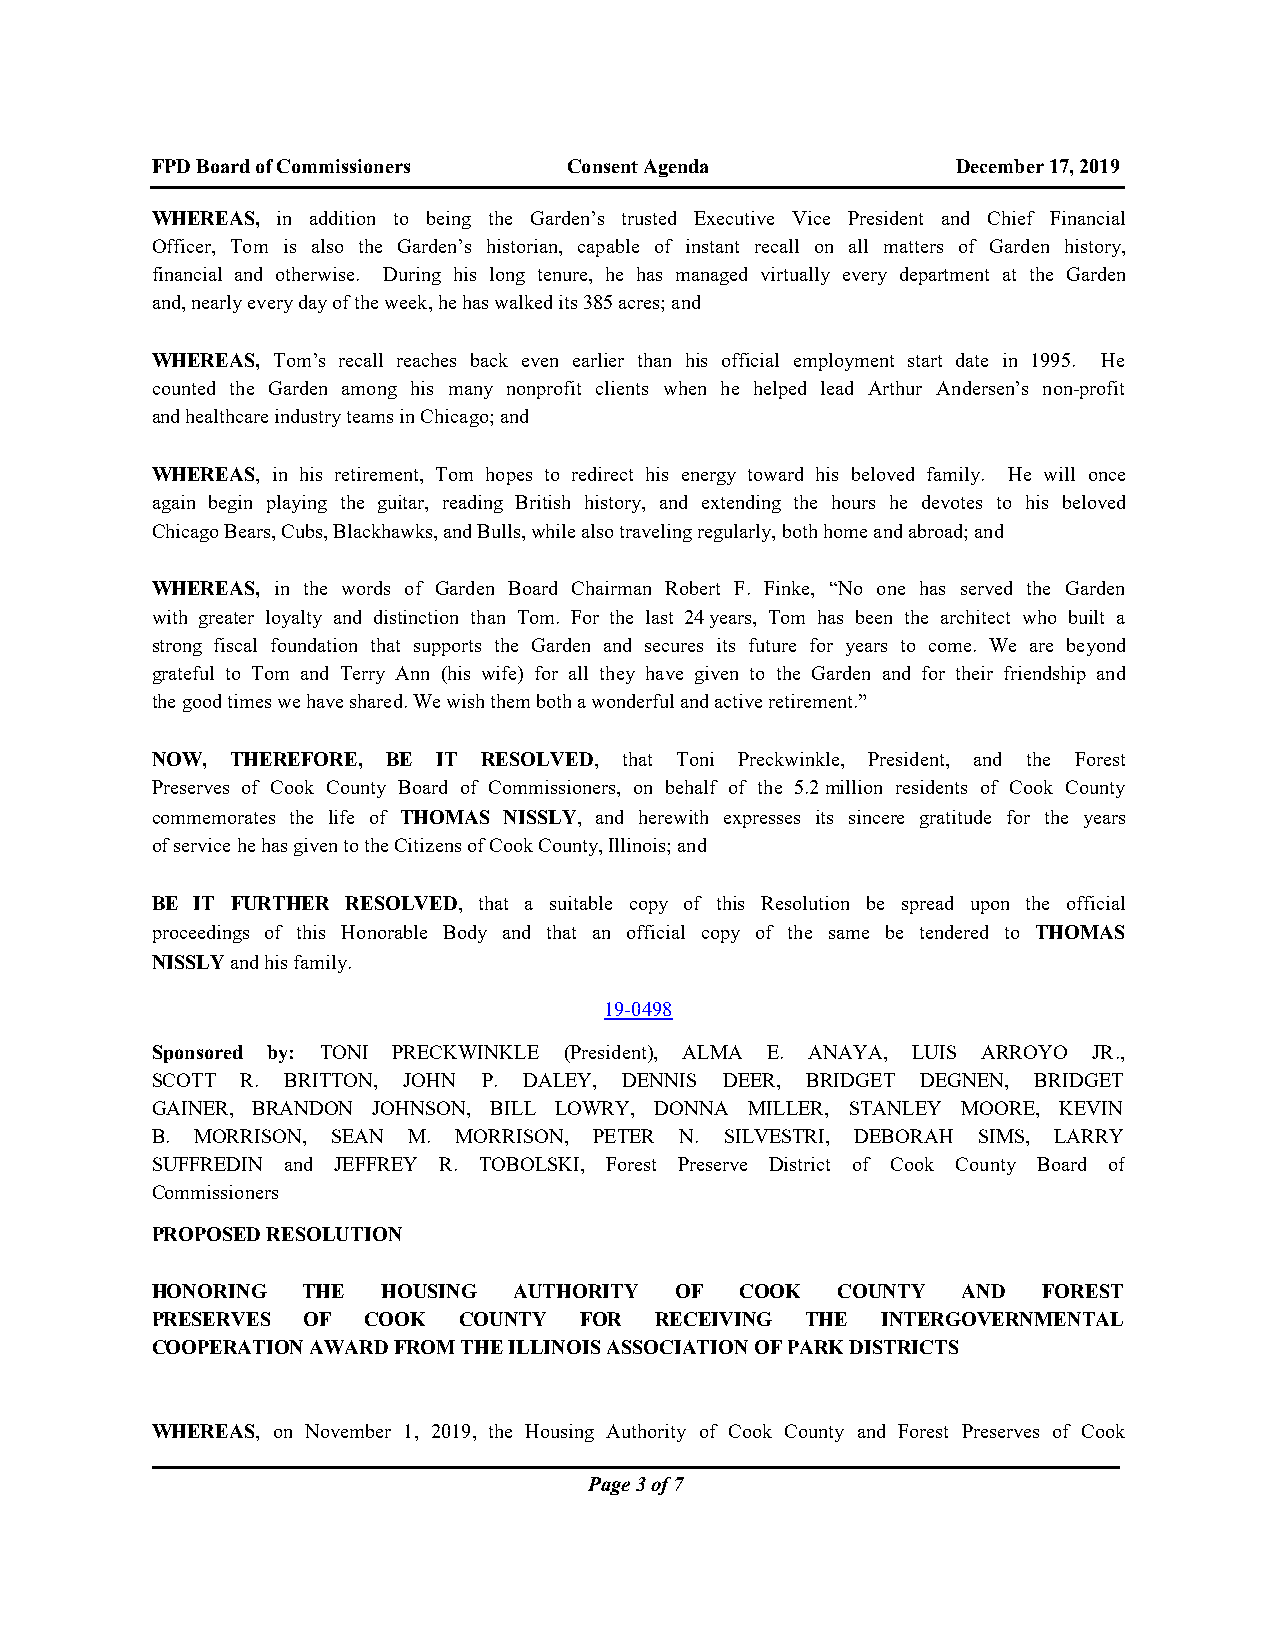
FPD Board of Commissioners  Consent Agenda           December 17, 2019
 WHEREAS, in addition to being the Garden’s trusted Executive Vice President and Chief Financial
 Officer, Tom is also the Garden’s historian, capable of instant recall on all matters of Garden history,
 financial and otherwise. During his long tenure, he has managed virtually every department at the Garden
 and, nearly every day of the week, he has walked its 385 acres; and
 WHEREAS, Tom’s recall reaches back even earlier than his official employment start date in 1995. He
 counted the Garden among his many nonprofit clients when he helped lead Arthur Andersen’s non-profit
 and healthcare industry teams in Chicago; and
 WHEREAS, in his retirement, Tom hopes to redirect his energy toward his beloved family. He will once
 again begin playing the guitar, reading British history, and extending the hours he devotes to his beloved
 Chicago Bears, Cubs, Blackhawks, and Bulls, while also traveling regularly, both home and abroad; and
 WHEREAS, in the words of Garden Board Chairman Robert F. Finke, “No one has served the Garden
 with greater loyalty and distinction than Tom. For the last 24 years, Tom has been the architect who built a
 strong fiscal foundation that supports the Garden and secures its future for years to come. We are beyond
 grateful to Tom and Terry Ann (his wife) for all they have given to the Garden and for their friendship and
 the good times we have shared. We wish them both a wonderful and active retirement.”
 NOW, THEREFORE, BE IT RESOLVED, that Toni Preckwinkle, President, and the Forest
 Preserves of Cook County Board of Commissioners, on behalf of the 5.2 million residents of Cook County
 commemorates the life of THOMAS NISSLY, and herewith expresses its sincere gratitude for the years
 of service he has given to the Citizens of Cook County, Illinois; and
 BE IT FURTHER RESOLVED, that a suitable copy of this Resolution be spread upon the official
 proceedings of this Honorable Body and that an official copy of the same be tendered to THOMAS
 NISSLY and his family.
 19-0498
 Sponsored by: TONI PRECKWINKLE (President), ALMA E. ANAYA, LUIS ARROYO JR.,
 SCOTT R. BRITTON, JOHN P. DALEY, DENNIS DEER, BRIDGET DEGNEN, BRIDGET
 GAINER, BRANDON JOHNSON, BILL LOWRY, DONNA MILLER, STANLEY MOORE, KEVIN
 B. MORRISON, SEAN M. MORRISON, PETER N. SILVESTRI, DEBORAH SIMS, LARRY
 SUFFREDIN and JEFFREY R. TOBOLSKI, Forest Preserve District of Cook County Board of
 Commissioners
 PROPOSED RESOLUTION
 HONORING  THE  HOUSING  AUTHORITY  OF  COOK  COUNTY   AND  FOREST
 PRESERVES OF  COOK  COUNTY  FOR  RECEIVING THE  INTERGOVERNMENTAL
 COOPERATION AWARD FROM THE ILLINOIS ASSOCIATION OF PARK DISTRICTS
 WHEREAS, on November 1, 2019, the Housing Authority of Cook County and Forest Preserves of Cook
 Page 3 of 7